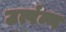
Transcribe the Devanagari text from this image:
उत्पंन्न